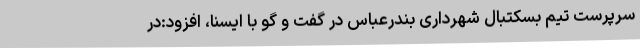
سرپرست تیم بسکتبال شهرداری بندرعباس در گفت و گو با ایسنا، افزود:در